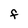
Character: F